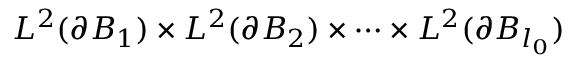
L ^ { 2 } ( \partial B _ { 1 } ) \times L ^ { 2 } ( \partial B _ { 2 } ) \times \cdots \times L ^ { 2 } ( \partial B _ { l _ { 0 } } )